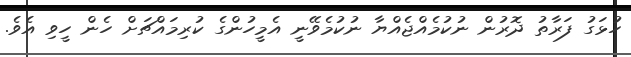
ހުޅަގު ފަރާތު ދޮރުން ނުކުމެއްޖެއްޔާ ނުކުމެވޭނީ އެމީހުންގެ ކުރިމައްޗަށް ހެން ހީވި އެވެ.